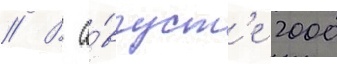
// В а́вгуст'е 2000